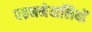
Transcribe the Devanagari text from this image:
पहननेवालियों